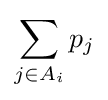
\sum _{j\in A_{i}}p_{j}